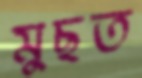
মুছত